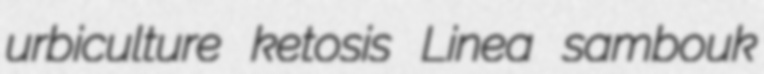
urbiculture ketosis Linea sambouk